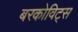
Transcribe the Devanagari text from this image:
बरकोविट्स